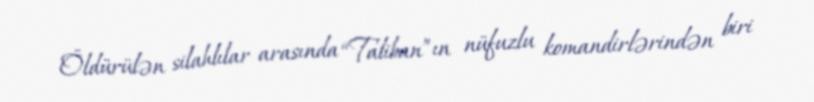
Öldürülən silahlılar arasında “Taliban”ın nüfuzlu komandirlərindən biri